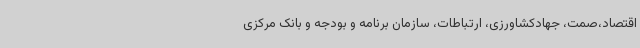
اقتصاد،صمت، جهادکشاورزی، ارتباطات، سازمان برنامه و بودجه و بانک مرکزی